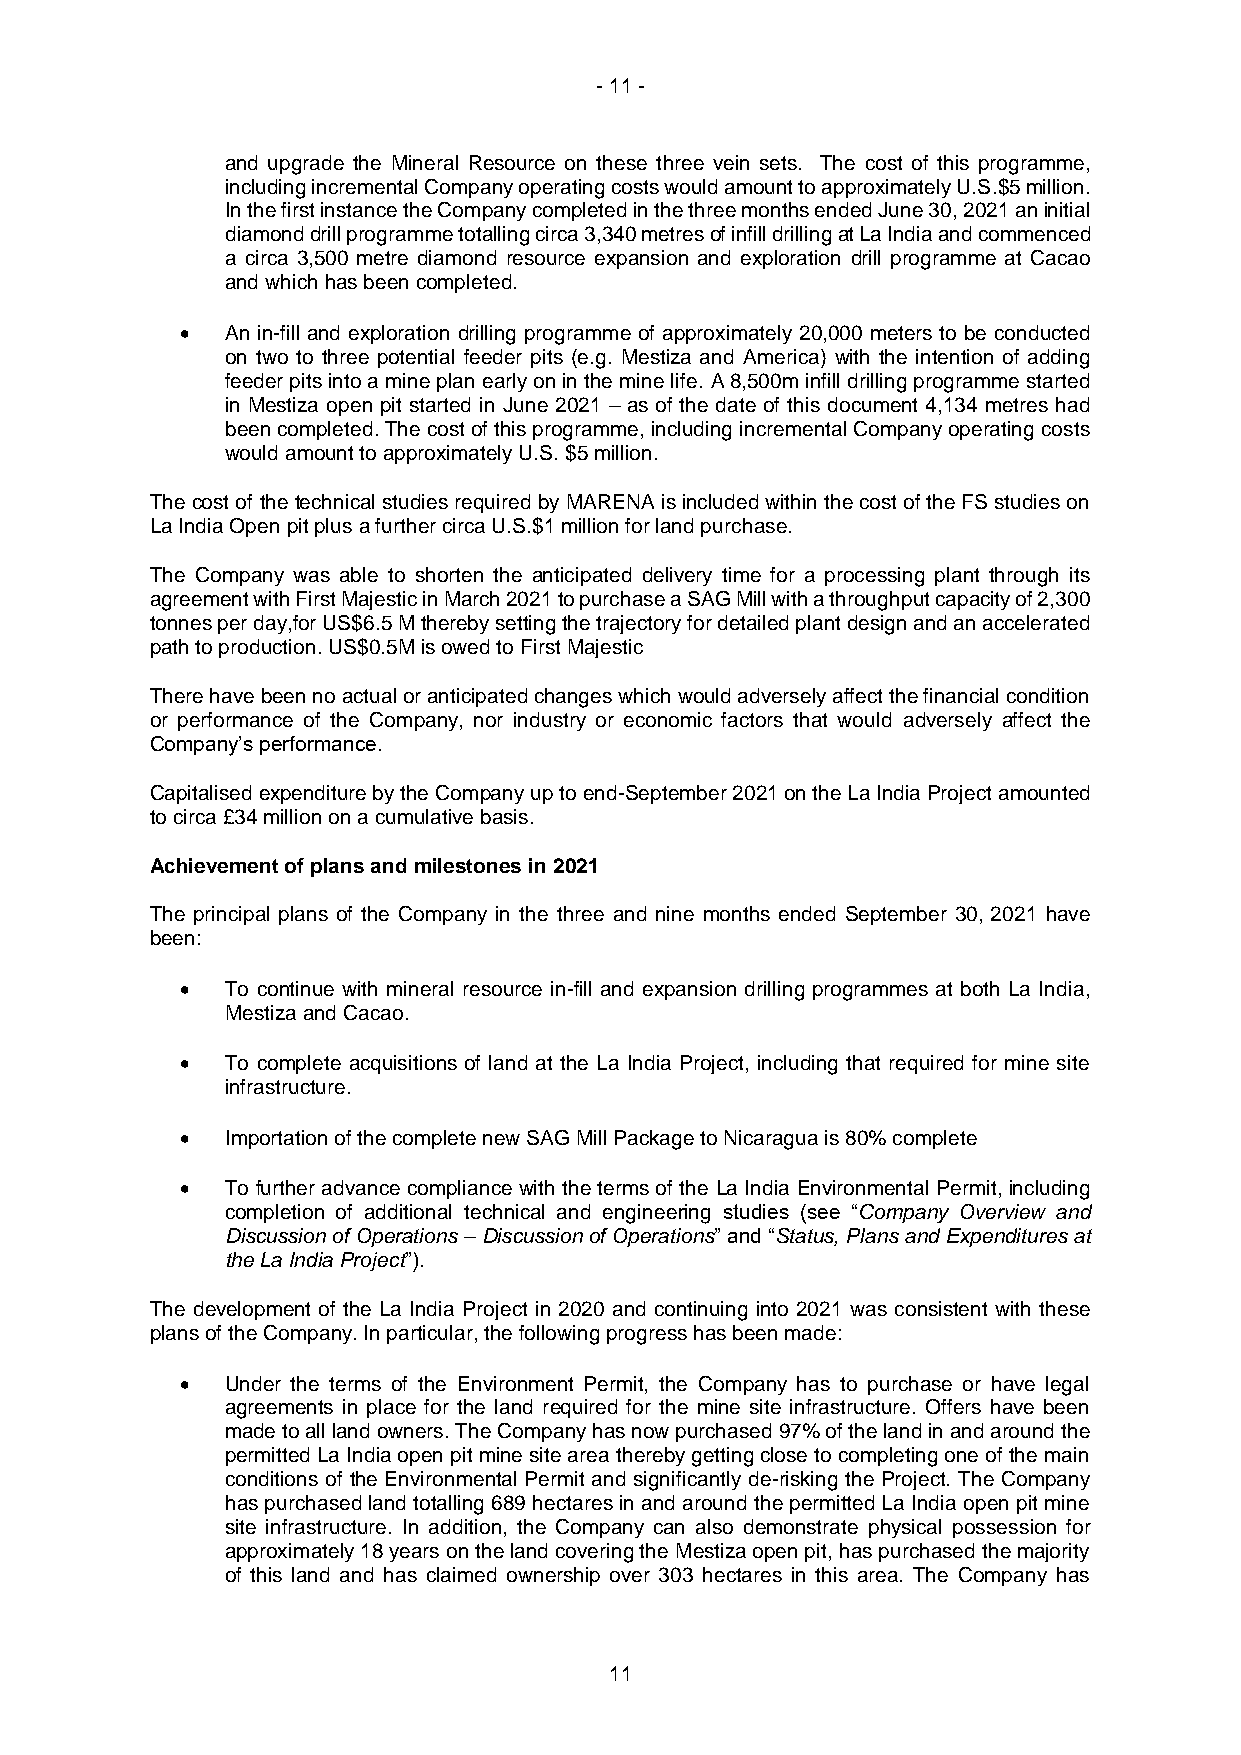
- 11 -
 and upgrade the Mineral Resource on these three vein sets. The cost of this programme,
 including incremental Company operating costs would amount to approximately U.S.$5 million.
 In the first instance the Company completed in the three months ended June 30, 2021 an initial
 diamond drill programme totalling circa 3,340 metres of infill drilling at La India and commenced
 a circa 3,500 metre diamond resource expansion and exploration drill programme at Cacao
 and which has been completed.
 •  An in-fill and exploration drilling programme of approximately 20,000 meters to be conducted
 on two to three potential feeder pits (e.g. Mestiza and America) with the intention of adding
 feeder pits into a mine plan early on in the mine life. A 8,500m infill drilling programme started
 in Mestiza open pit started in June 2021 – as of the date of this document 4,134 metres had
 been completed. The cost of this programme, including incremental Company operating costs
 would amount to approximately U.S. $5 million.
 The cost of the technical studies required by MARENA is included within the cost of the FS studies on
 La India Open pit plus a further circa U.S.$1 million for land purchase.
 The Company was able to shorten the anticipated delivery time for a processing plant through its
 agreement with First Majestic in March 2021 to purchase a SAG Mill with a throughput capacity of 2,300
 tonnes per day,for US$6.5 M thereby setting the trajectory for detailed plant design and an accelerated
 path to production. US$0.5M is owed to First Majestic
 There have been no actual or anticipated changes which would adversely affect the financial condition
 or performance of the Company, nor industry or economic factors that would adversely affect the
 Company’s performance.
 Capitalised expenditure by the Company up to end-September 2021 on the La India Project amounted
 to circa £34 million on a cumulative basis.
 Achievement of plans and milestones in 2021
 The principal plans of the Company in the three and nine months ended September 30, 2021 have
 been:
 •  To continue with mineral resource in-fill and expansion drilling programmes at both La India,
 Mestiza and Cacao.
 •  To complete acquisitions of land at the La India Project, including that required for mine site
 infrastructure.
 •  Importation of the complete new SAG Mill Package to Nicaragua is 80% complete
 •  To further advance compliance with the terms of the La India Environmental Permit, including
 completion of additional technical and engineering studies (see “Company Overview and
 Discussion of Operations – Discussion of Operations” and “Status, Plans and Expenditures at
 the La India Project”).
 The development of the La India Project in 2020 and continuing into 2021 was consistent with these
 plans of the Company. In particular, the following progress has been made:
 •  Under the terms of the Environment Permit, the Company has to purchase or have legal
 agreements in place for the land required for the mine site infrastructure. Offers have been
 made to all land owners. The Company has now purchased 97% of the land in and around the
 permitted La India open pit mine site area thereby getting close to completing one of the main
 conditions of the Environmental Permit and significantly de-risking the Project. The Company
 has purchased land totalling 689 hectares in and around the permitted La India open pit mine
 site infrastructure. In addition, the Company can also demonstrate physical possession for
 approximately 18 years on the land covering the Mestiza open pit, has purchased the majority
 of this land and has claimed ownership over 303 hectares in this area. The Company has
 11